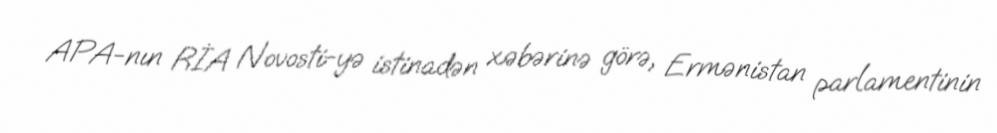
APA-nın RİA Novosti-yə istinadən xəbərinə görə, Ermənistan parlamentinin